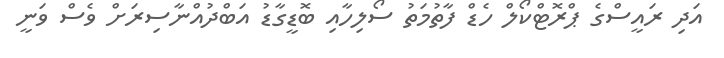
އަދި ރައީސްގެ ޕްރޮޓްކޯލް ހެޑް ފާތުމަތު ސޯލިހާއި ބޮޑީގާޑު އަބްދުއްނާސިރަށް ވެސް ވަނީ